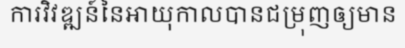
ការវិវឌ្ឍន៍នៃអាយុកាលបានជម្រុញឲ្យមាន